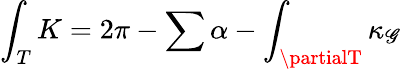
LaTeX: \int_{T}K=2\pi-\sum\alpha-\int_{\partialT}\kappa_{\mathscr{G}}